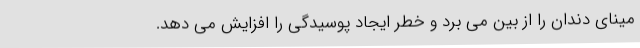
مینای دندان را از بین می برد و خطر ایجاد پوسیدگی را افزایش می دهد.